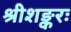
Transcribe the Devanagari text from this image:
श्रीशङ्करः